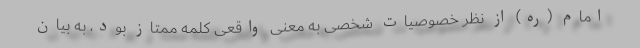
امام (ره) از نظر خصوصیات شخصی به معنی واقعی کلمه ممتاز بود، به بیان